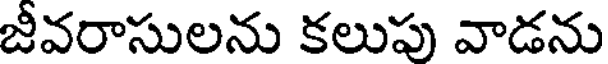
జీవరాసులను కలుపు వాడను